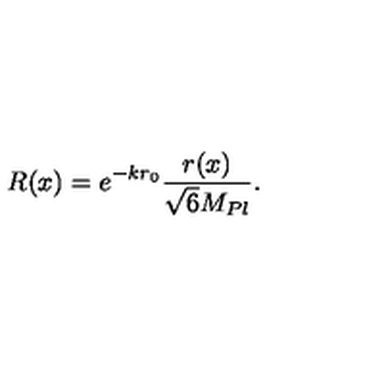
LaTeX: R ( x ) = e ^ { - k r _ { 0 } } \frac { r ( x ) } { \sqrt { 6 } M _ { P l } } .